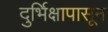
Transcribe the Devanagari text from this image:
दुर्भिक्षापासून